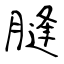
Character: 膖